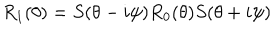
R _ { 1 } ( \theta ) = S ( \theta - i \psi ) R _ { 0 } ( \theta ) S ( \theta + i \psi )